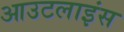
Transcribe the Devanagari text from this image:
आउटलाइंस